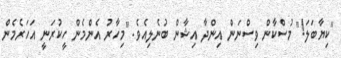
"ކިޔާބަލަ!" މުސްކާން ވިސްނަން އިންދާ އިޝާން ބުނެލިއެވެ. "މިހާރު އެންމެން ހީކުރަނީ އަހަރެމެން